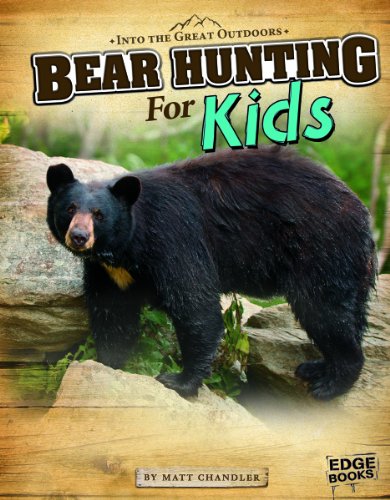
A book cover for Bear Hunting for Kids (Into the Great Outdoors); Matt Chandler; Children's Books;